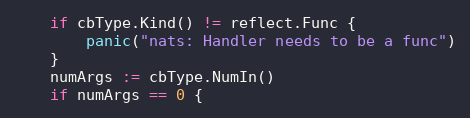
Language: Go
	if cbType.Kind() != reflect.Func {
		panic("nats: Handler needs to be a func")
	}
	numArgs := cbType.NumIn()
	if numArgs == 0 {